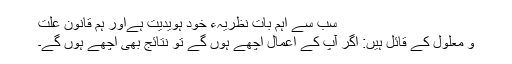
سب سے اہم بات نظریہء خود ہویدیت ہےاور ہم قانون علت
و معلول کے قائل ہیں: اگر آپ کے اعمال اچھے ہوں گے تو نتائج بھی اچھے ہوں گے۔